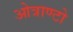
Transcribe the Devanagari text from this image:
ओत्राण्टो